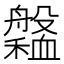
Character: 𦪹